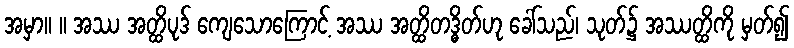
အမှာ။ ။ အဿ အတ္ထိပုဒ် ကျေသောကြောင့် အဿ အတ္ထိတဒ္ဓိတ်ဟု ခေါ်သည်၊ သုတ်၌ အဿတ္ထိကို မှတ်၍